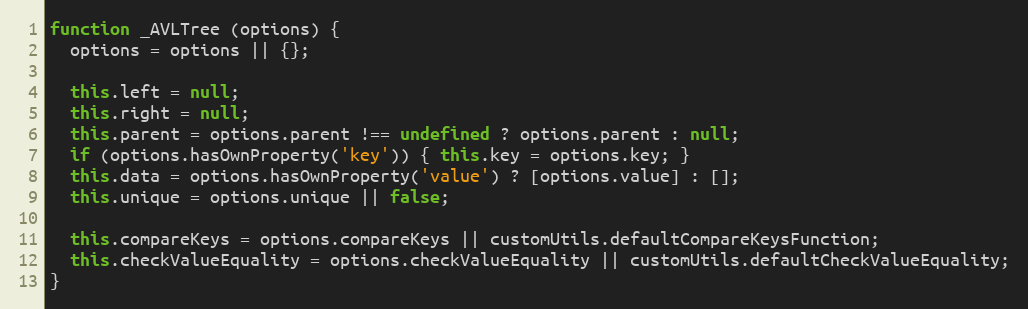
Language: JavaScript
function _AVLTree (options) {
  options = options || {};

  this.left = null;
  this.right = null;
  this.parent = options.parent !== undefined ? options.parent : null;
  if (options.hasOwnProperty('key')) { this.key = options.key; }
  this.data = options.hasOwnProperty('value') ? [options.value] : [];
  this.unique = options.unique || false;

  this.compareKeys = options.compareKeys || customUtils.defaultCompareKeysFunction;
  this.checkValueEquality = options.checkValueEquality || customUtils.defaultCheckValueEquality;
}